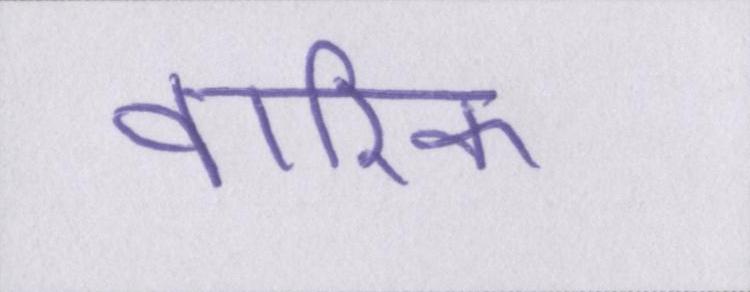
वारिक